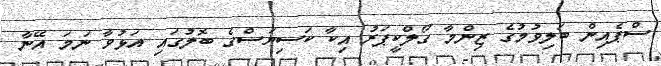
ސްޕެއިން ބަލިވުމުގެ ޒިންމާ ގޯލްކީޕަރު އިކާ ކަސިޔަސްގެ ބޮލުގައި އަޅުވާ ނަމަ އޭނާ